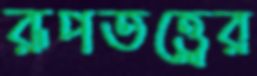
রূপতত্ত্বের